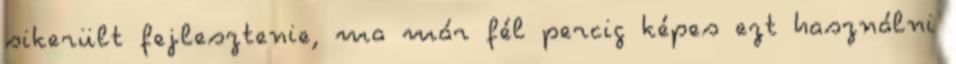
sikerült fejlesztenie, ma már fél percig képes ezt használni